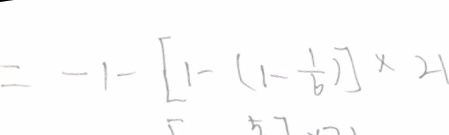
= - 1 - [ 1 - ( 1 - \frac { 1 } { 6 } ) ] \times 2 1